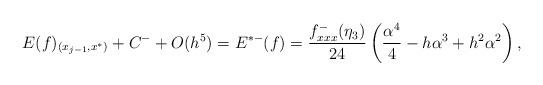
LaTeX: \begin{align*}E(f)_{(x_{j-1},x^*)}+C^-+O(h^5)=E^{*-}(f)=\frac{f^-_{xxx}(\eta_3) }{24}\left(\frac{\alpha^{4}}{4}-h{\alpha}^{3}+{h}^{2}{\alpha}^{2}\right),\end{align*}